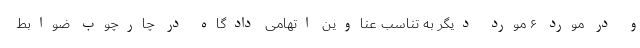
و در مورد ۶ مورد دیگر به تناسب عناوین اتهامی دادگاه در چارچوب ضوابط